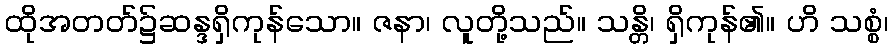
ထိုအတတ်၌ဆန္ဒရှိကုန်သော။ ဇနာ၊ လူတို့သည်။ သန္တိ၊ ရှိကုန်၏။ ဟိ သစ္စံ၊